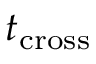
t _ { \mathrm { c r o s s } }